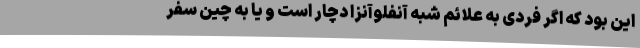
این بود که اگر فردی به علائم شبه آنفلوآنزا دچار است و یا به چین سفر